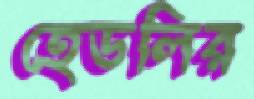
হেডলির